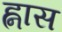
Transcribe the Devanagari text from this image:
ह्नास